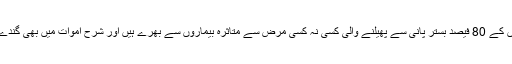
دوسری جانب ہمارے ہسپتالوں کے 80 فیصد بستر پانی سے پھیلنے والی کسی نہ کسی مرض سے متاثرہ بیماروں سے بھرے ہیں اور شرح اموات میں بھی گندے پانی کا حصہ 40 فیصد ہے۔